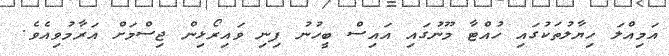
އަމިއްލަ ހިޔާލުތަކުގައި ހުއްޓާ މޫނުގައި އައިސް ބީހުނު ފިނި ވައިރޯޅިން ޖިސްމަށް އަރާމުވިއެވެ.